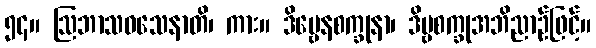
၅၄။ ဩဘာသဝသေနာတိ၊ ကား။ ဒိဗ္ဗေနစက္ခုနာ၊ ဒိဗ္ဗစက္ခုအဘိညာဉ်ဖြင့်။